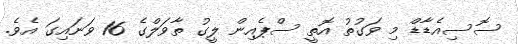
ސޮސިއެޑާޑް މި ވަގުތު އޮތީ ސްޕެއިން ލީގު ތާވަލްގެ 16 ވަނައިގަ އެވެ.